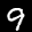
Label: 9